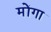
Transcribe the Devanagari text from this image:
मोंगा